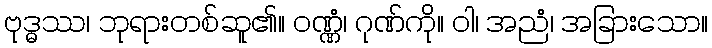
ဗုဒ္ဓဿ၊ ဘုရားတစ်ဆူ၏။ ဝဏ္ဏံ၊ ဂုဏ်ကို။ ဝါ၊ အညံ၊ အခြားသော။